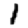
Digit: 1